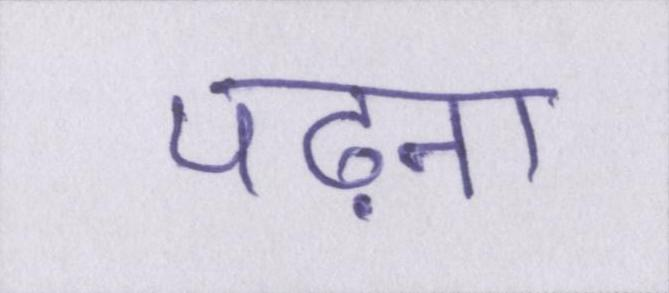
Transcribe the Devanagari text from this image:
पढ़ना